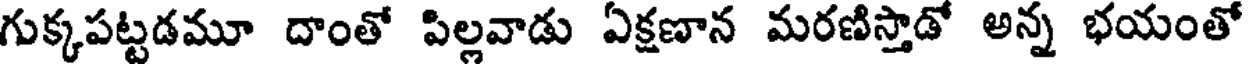
గుక్కపట్టడమూ దాంతో పిల్లవాడు ఏక్షణాన మరణిస్తాడో అన్న భయంతో